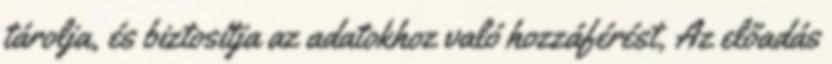
tárolja, és biztosítja az adatokhoz való hozzáférést, Az előadás